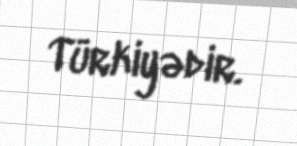
Türkiyədir.